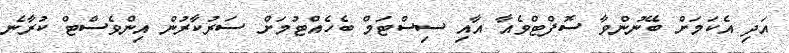
އަދި އެކަމަށް ބޭނުންވާ ސޮފްޓްވެއާ އާއި ސިސްޓަމް ބެހެއްޓުމަށް ސަރުކާރުން އިންވެސްޓް ކުރާނެ